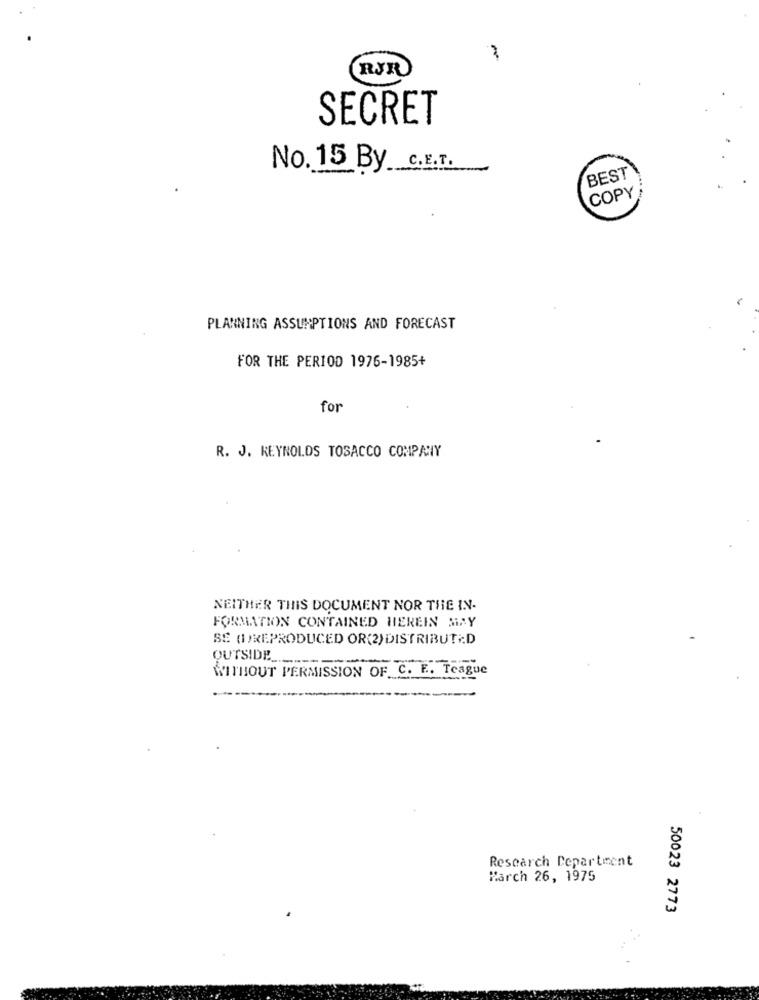
SECRET
No. 15 By C.E.T.
BEST
COPY
PLANNING ASSUMPTIONS AND FORECAST
FOR THE PERIOD 1976-1985+
for
R. J. REYNOLDS TOBACCO COMPANY
NEITHER THIS DOCUMENT NOR THE IN-
FORMATION CONTAINED HEREIN SIAY
SE ()REPRODUCED OR(2) DISTRIBUT .: D
OUTSIDE
WITHOUT PERMISSION OF C. E. Teague
Research Department
March 26, 1975
50023 2773